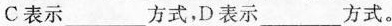
C表示___方式,D表示___方式。